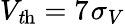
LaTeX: V_{\mathrm{\mathit th}}=7~\! \sigma_{V}